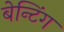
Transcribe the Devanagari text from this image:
बेन्टिंग